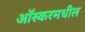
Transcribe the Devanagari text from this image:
आॅस्करमधील